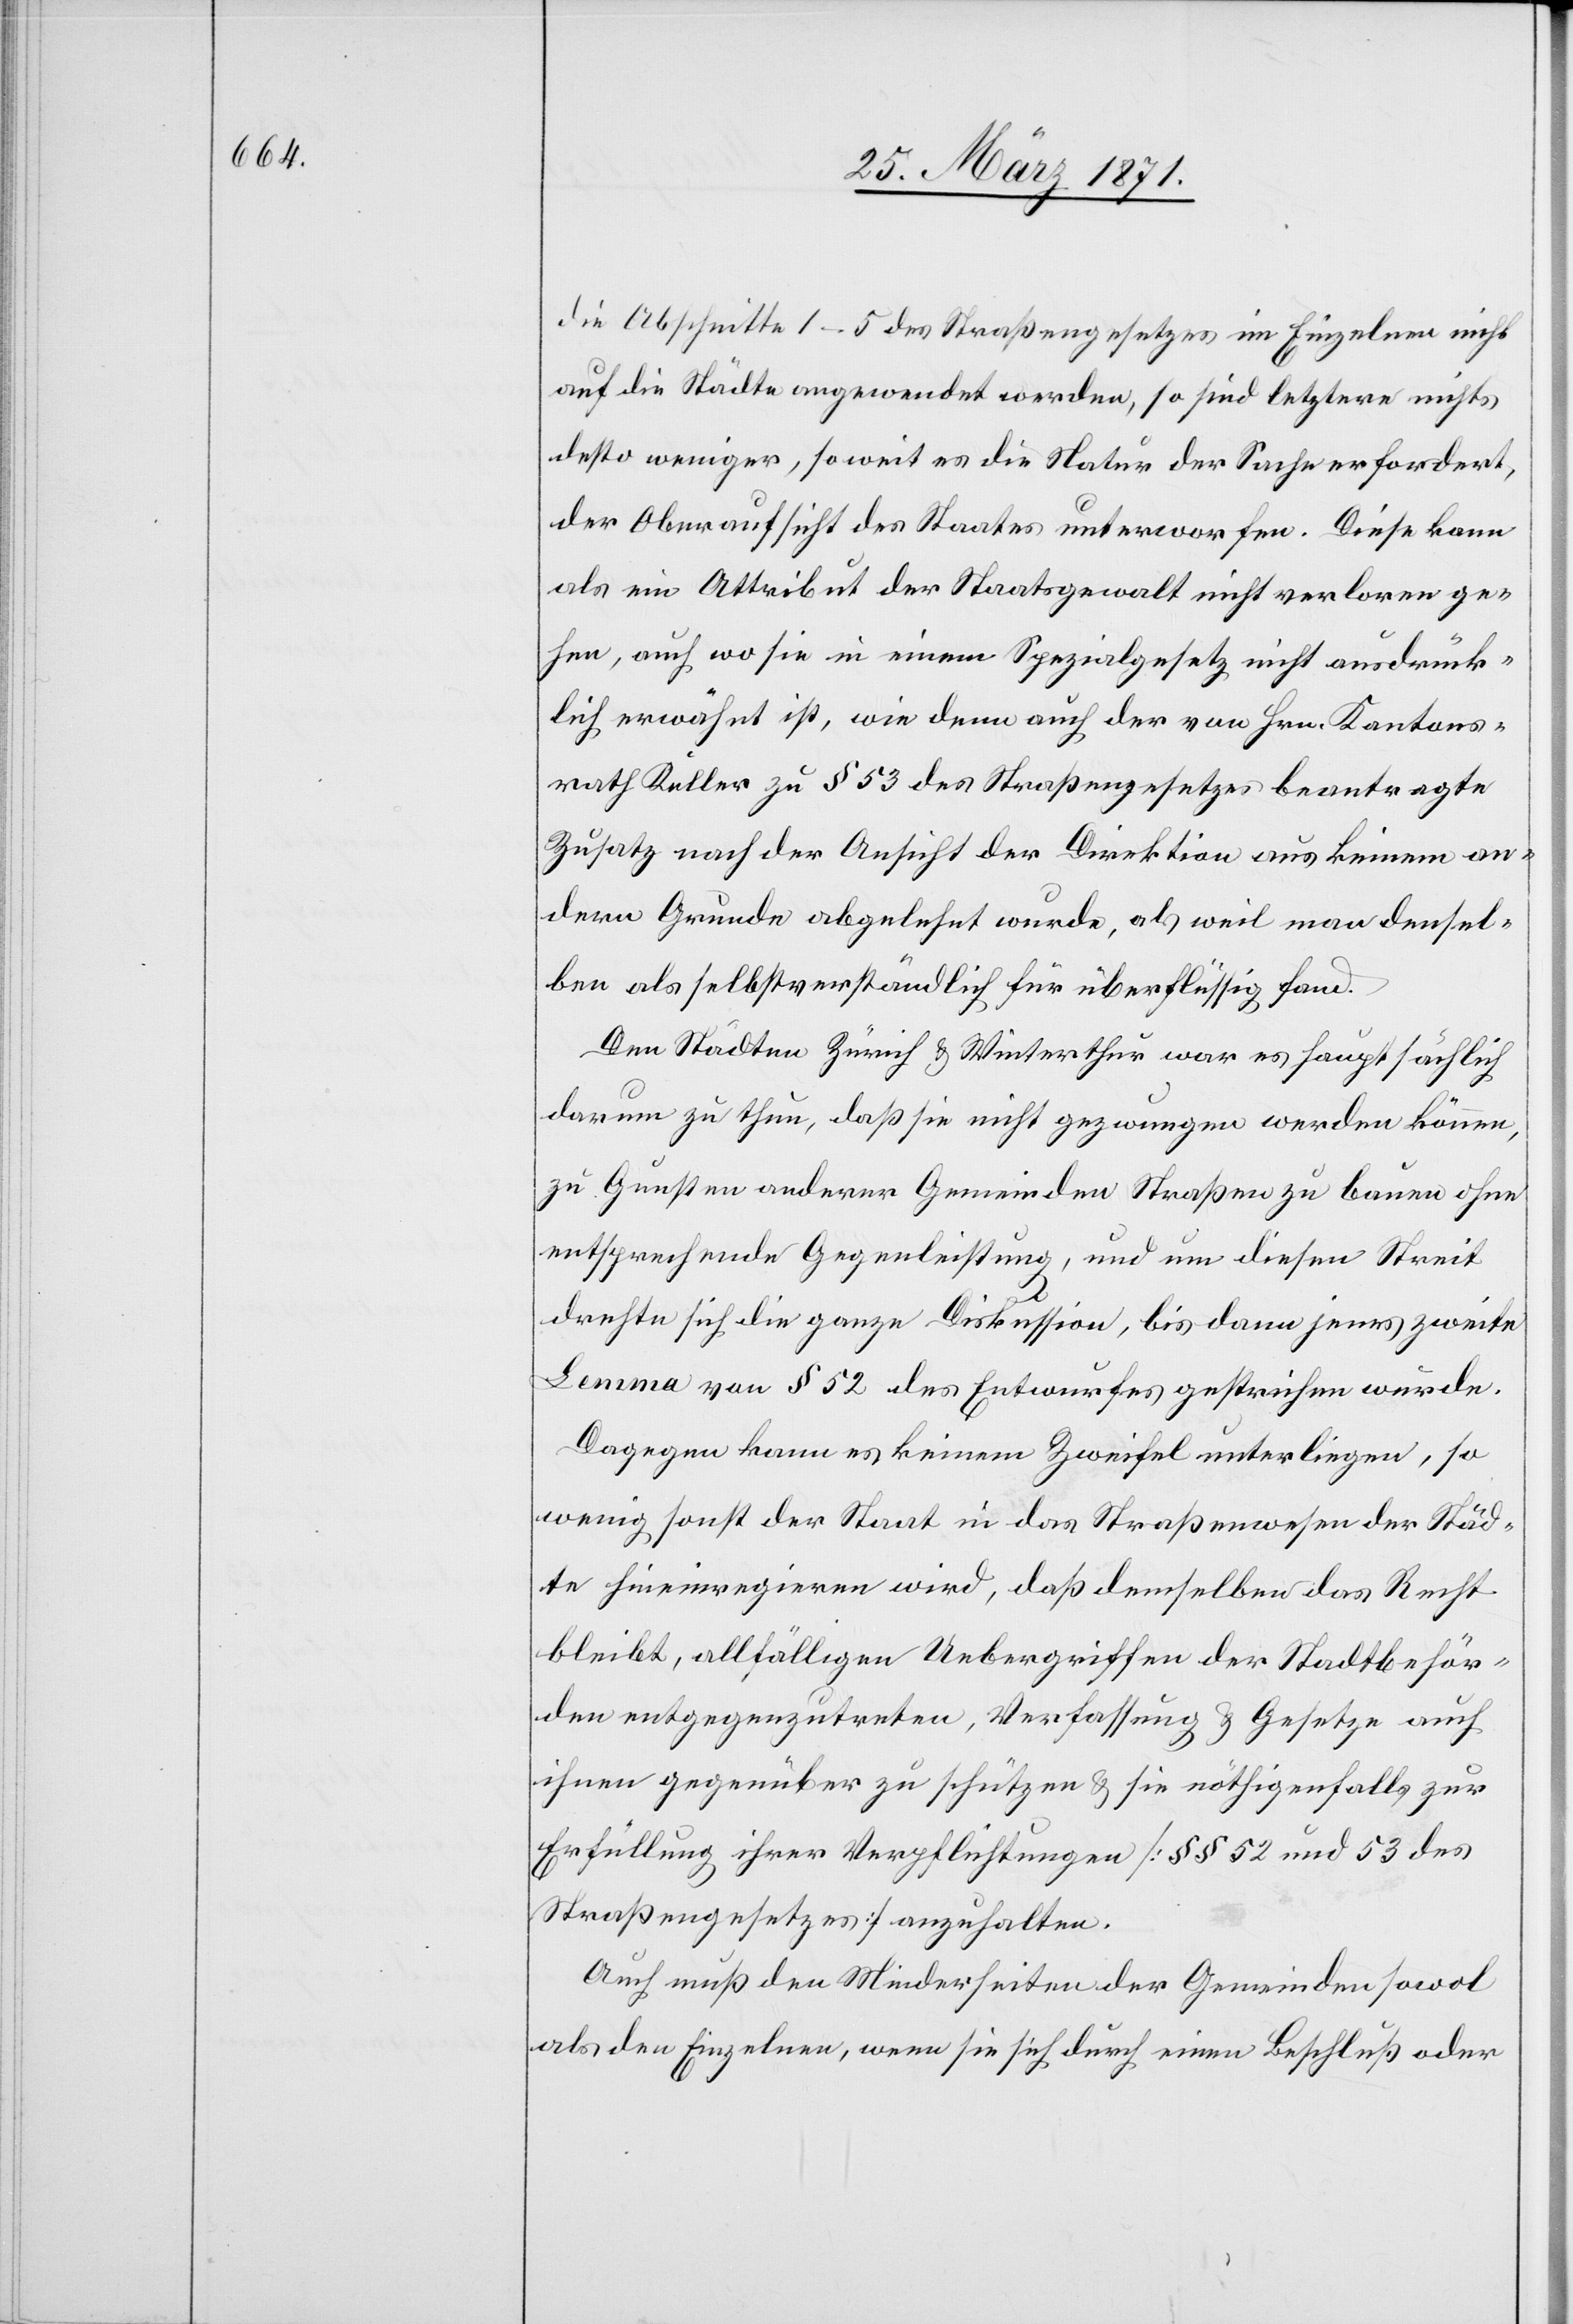
die Abschnitte 1–5 des Straßengesetzes im Einzelnen nicht
auf die Städte angewendet werden, so sind letztere nichts
desto weniger, soweit es die Natur der Sache erfordert,
der Oberaufsicht des Staates unterworfen. Diese kann
als ein Attribut der Staatsgewalt nicht verloren ge¬
hen, auch wo sie in einem Spezialgesetz nicht ausdrück¬
lich erwähnt ist, wie dem auch der von Hrn. Kantons¬
rath Keller zu § 53 des Straßengesetzes beantragte
Zusatz nach der Ansicht der Direktion aus keinem an¬
dern Grunde abgelehnt wurde, als weil man densel¬
ben als selbstverständlich für überflüssig fand.
Den Städten Zürich u. Winterthur war es hauptsächlich
darum zu thun, daß sie nicht gezwungen werden können,
zu Gunsten anderer Gemeinden Straßen zu bauen ohne
entsprechende Gegenleistungen, und um diesen Streit
drehte sich die ganze Diskussion, bis dann jenes zweite
Lemma von § 52 des Entwurfes gestrichen wurde.
Dagegen kann es keinem Zweifel unterliegen, so
wenig sonst der Staat in das Straßenwesen der Städ¬
te hineinregieren wird, daß demselben das Recht
bleibt, allfälligen Uebergriffen der Stadtbehör¬
den entgegenzutreten, Verfassung u. Gesetze auch
ihnen gegenüber zu schützen u. sie nöthigenfalls zur
Erfüllung ihrer Verpflichtungen [§§ 52 und 53 des
Straßengesetzes] anzuhalten.
Auch muß den Minderheiten der Gemeinden sowol
als den Einzelnen, wenn sie sich durch einen Beschluß oder